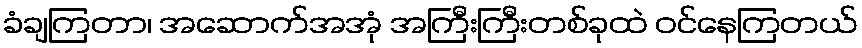
ခံချကြတာ၊ အဆောက်အအုံ အကြီးကြီးတစ်ခုထဲ ဝင်နေကြတယ်